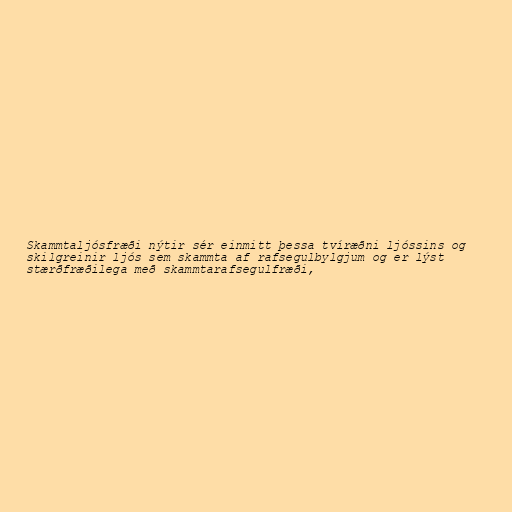
Skammtaljósfræði nýtir sér einmitt þessa tvíræðni ljóssins og
skilgreinir ljós sem skammta af rafsegulbylgjum og er lýst
stærðfræðilega með skammtarafsegulfræði,